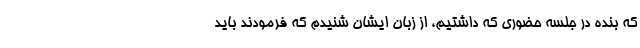
که بنده در جلسه حضوری که داشتیم، از زبان ایشان شنیدم که فرمودند باید